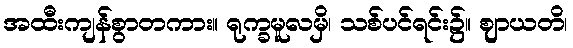
အထီးကျန်စွာတကား။ ရုက္ခမူလမှိ၊ သစ်ပင်ရင်း၌။ ဈာယတိ၊